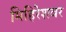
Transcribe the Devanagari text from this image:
मिहिरेशवर